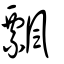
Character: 飄